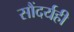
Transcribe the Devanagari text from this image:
सौंदर्यही